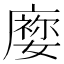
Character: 𡢜